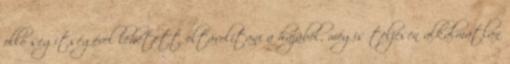
olló segítségével lehetett eltávolítani a hajából, mégis teljesen alkalmatlan